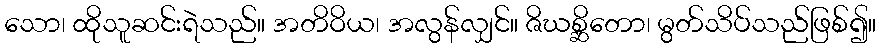
သော၊ ထိုသူဆင်းရဲသည်။ အတိဝိယ၊ အလွန်လျှင်။ ဇိဃစ္ဆိတော၊ မွတ်သိပ်သည်ဖြစ်၍။